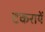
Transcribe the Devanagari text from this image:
टकरायें